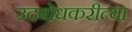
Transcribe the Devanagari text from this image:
उदबोधकरीत्या